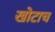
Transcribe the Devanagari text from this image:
खोटाच